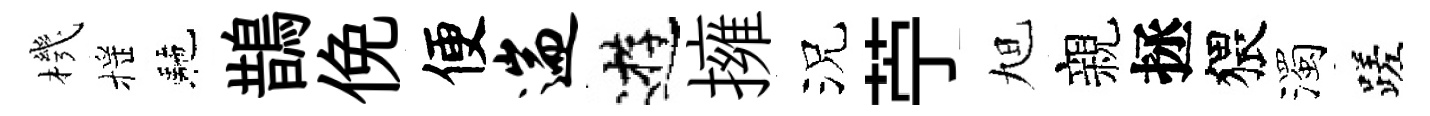
機摇駰鵲俛便遄逰擁況苧旭親拯猥濁蹉